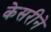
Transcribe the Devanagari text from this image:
केसरीने